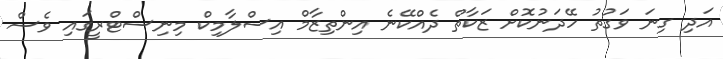
އަދި ގިނަ ވަގުތު ހޭދަނުކޮށް ޒަކާތް ދެއްކޭނެ އިންތިޒާމް އިސްލާމިކް މިނިސްޓްރީގައި ވެސް